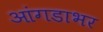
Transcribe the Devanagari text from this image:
आंगडाभर